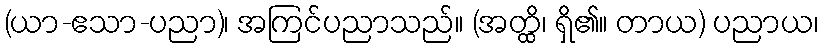
(ယာ-ဧသာ-ပညာ)၊ အကြင်ပညာသည်။ (အတ္ထိ၊ ရှိ၏။ တာယ) ပညာယ၊